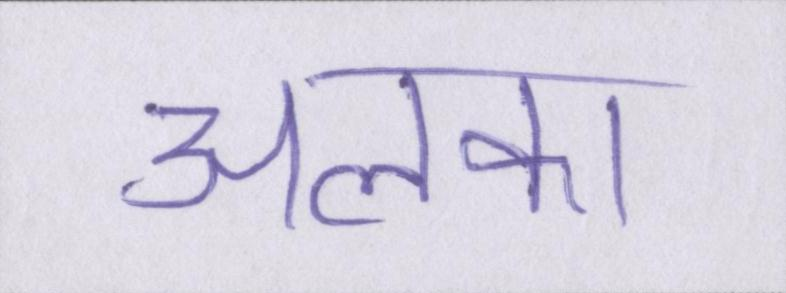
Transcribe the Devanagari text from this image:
अलका